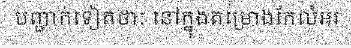
បញ្ជាក់ទៀតថាៈ នៅក្នុងគម្រោងកែលំអរ